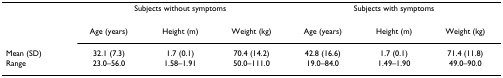
<table><thead><tr><td></td><td colspan="3"><b>Subjects without symptoms</b></td><td colspan="3"><b>Subjects with symptoms</b></td></tr></thead><tbody><tr><td></td><td>Age (years)</td><td>Height (m)</td><td>Weight (kg)</td><td>Age (years)</td><td>Height (m)</td><td>Weight (kg)</td></tr><tr><td>Mean (SD)</td><td>32.1 (7.3)</td><td>1.7 (0.1)</td><td>70.4 (14.2)</td><td>42.8 (16.6)</td><td>1.7 (0.1)</td><td>71.4 (11.8)</td></tr><tr><td>Range</td><td>23.0–56.0</td><td>1.58–1.91</td><td>50.0–111.0</td><td>19.0–84.0</td><td>1.49–1.90</td><td>49.0–90.0</td></tr></tbody></table>